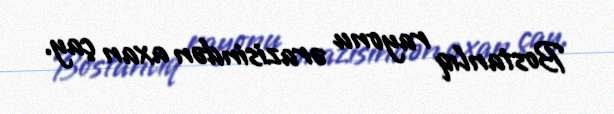
Bostanlıq rayonu ərazisindən axan çay.